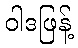
ဝါဒဖြန့်